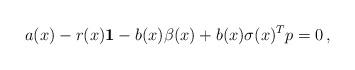
LaTeX: \begin{align*} a(x)-r(x)\mathbf 1-b(x)\beta(x)+b(x)\sigma(x)^Tp=0\,,\end{align*}